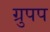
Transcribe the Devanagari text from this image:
ग्रुपप